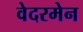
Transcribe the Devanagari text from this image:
वेदरमेन